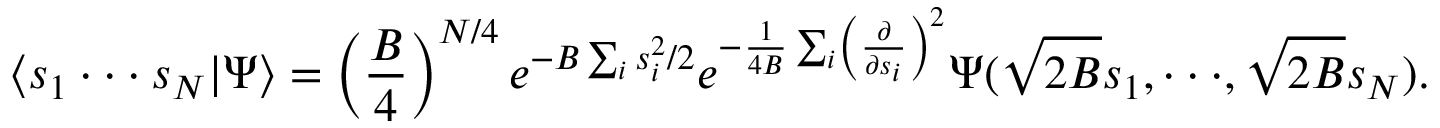
\langle s _ { 1 } \cdot \cdot \cdot s _ { N } | \Psi \rangle = \left( { \frac { B } { 4 } } \right) ^ { N / 4 } e ^ { - B \sum _ { i } s _ { i } ^ { 2 } / 2 } e ^ { - { \frac { 1 } { 4 B } } \sum _ { i } \left( { \frac { \partial } { \partial s _ { i } } } \right) ^ { 2 } } \Psi ( \sqrt { 2 B } s _ { 1 } , \cdot \cdot \cdot , \sqrt { 2 B } s _ { N } ) .